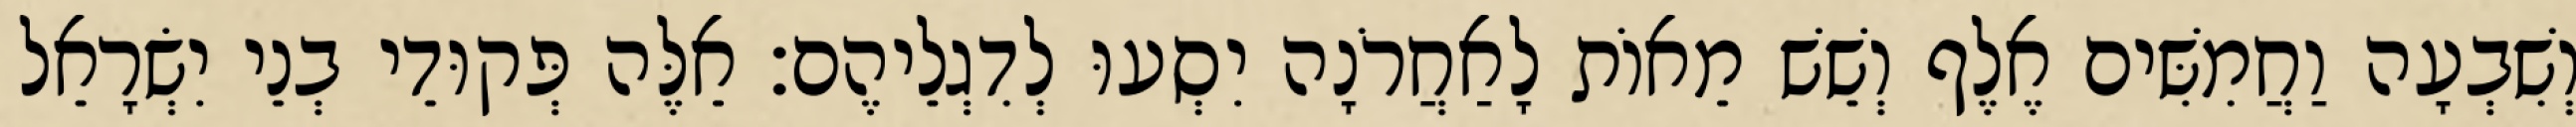
וְשִׁבְעָה וַחֲמִשִּׁים אֶלֶף וְשֵׁשׁ מֵאוֹת לָאַחֲרֹנָה יִסְעוּ לְדִגְלֵיהֶם׃ אֵלֶּה פְּקוּדֵי בְנֵי יִשְׂרָאֵל